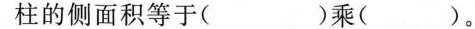
柱的侧面积等于( )乘( )。